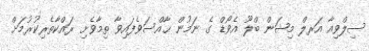
ސިލްވިއާ އަރލް މިޝަން ބްލޫ އެވޯޑް ގެ ނަމުން ޙާއްސަވެފައިވާ ތިމާވެށި ރައްކާތެރިކުރުމަށް